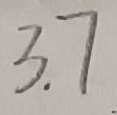
$3.7$